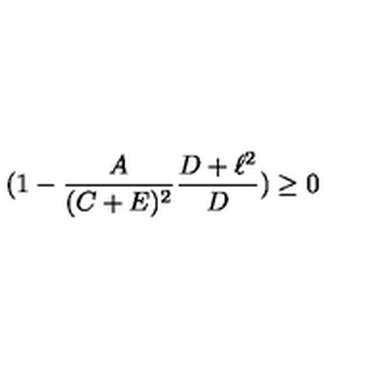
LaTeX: ( 1 - \frac { A } { ( C + E ) ^ { 2 } } \frac { D + \ell ^ { 2 } } { D } ) \geq 0